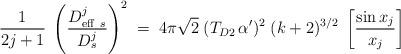
LaTeX: \begin{align*} {1\over 2j+1}\; \left( {D^j_{{\rm eff}\ s}\over D^j_s}\right)^2 \; = \; 4\pi \sqrt{2}\; (T_{D2}\,\alpha^\prime)^2 \;(k+2)^{3/2} \; \left[ {\sin x_j \over x_j }\right]\end{align*}